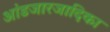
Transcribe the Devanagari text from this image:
आंडजारजादिका